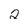
Character: 2